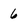
Character: 6